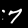
Digit: 7